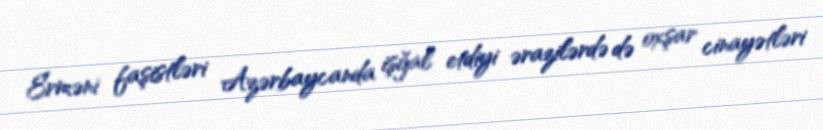
Erməni faşistləri Azərbaycanda işğal etdiyi ərazilərdə də oxşar cinayətləri